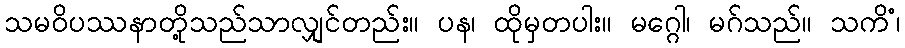
သမဝိပဿနာတို့သည်သာလျှင်တည်း။ ပန၊ ထိုမှတပါး။ မဂ္ဂေါ၊ မဂ်သည်။ သကိံ၊